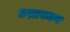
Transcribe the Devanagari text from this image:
छद्मावनण